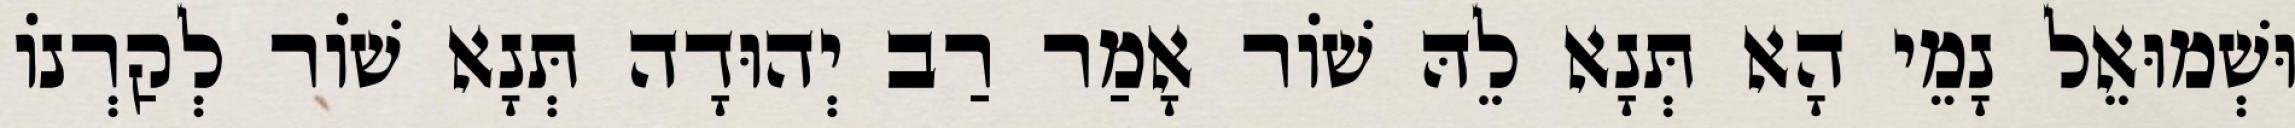
וּשְׁמוּאֵל נָמֵי הָא תְּנָא לֵהּ שׁוֹר אָמַר רַב יְהוּדָה תְּנָא שׁוֹר לְקַרְנוֹ